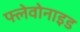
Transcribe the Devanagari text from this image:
फ्लेवोनाइड